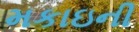
મકાઇની